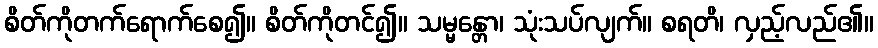
စိတ်ကိုတက်ရောက်စေ၍။ စိတ်ကိုတင်၍။ သမ္မန္တော၊ သုံးသပ်လျက်။ စရတိ၊ လှည့်လည်၏။